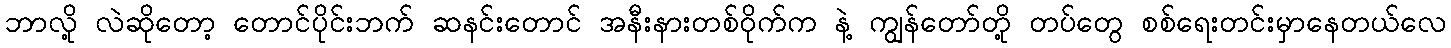
ဘာလို့ လဲဆိုတော့ တောင်ပိုင်းဘက် ဆနင်းတောင် အနီးနားတစ်ဝိုက်က နဲ့ ကျွန်တော်တို့ တပ်တွေ စစ်ရေးတင်းမှာနေတယ်လေ